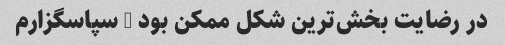
در رضایت بخش‌ترین شکل ممکن بود - سپاسگزارم